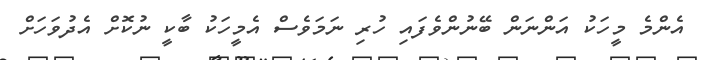
އެންމެ މީހަކު އަންނަން ބޭނުންވެފައި ހުރި ނަމަވެސް އެމީހަކު ބާކީ ނުކޮށް އެދުވަހަށް